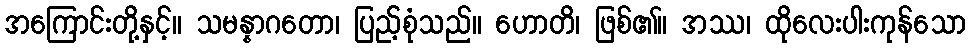
အကြောင်းတို့နှင့်။ သမန္နာဂတော၊ ပြည့်စုံသည်။ ဟောတိ၊ ဖြစ်၏။ အဿ၊ ထိုလေးပါးကုန်သော